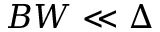
B W \ll \Delta